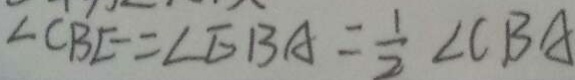
\angle C B E = \angle E B A = \frac { 1 } { 2 } \angle C B A